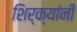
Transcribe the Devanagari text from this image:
शिर्क्यांनी